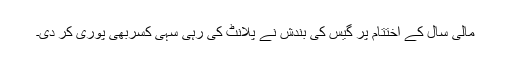
مالی سال کے اختتام پر گیس کی بندش نے پلانٹ کی رہی سہی کسربھی پوری کر دی۔